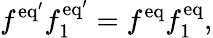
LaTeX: f^{\mathrm{eq}^{\prime}}f_{1}^{\mathrm{eq}^{\prime}}=f^{\mathrm{eq}}f_{1}^{\mathrm{eq}},